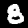
Digit: 8